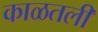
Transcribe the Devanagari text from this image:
काळतली